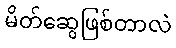
မိတ်ဆွေဖြစ်တာလဲ